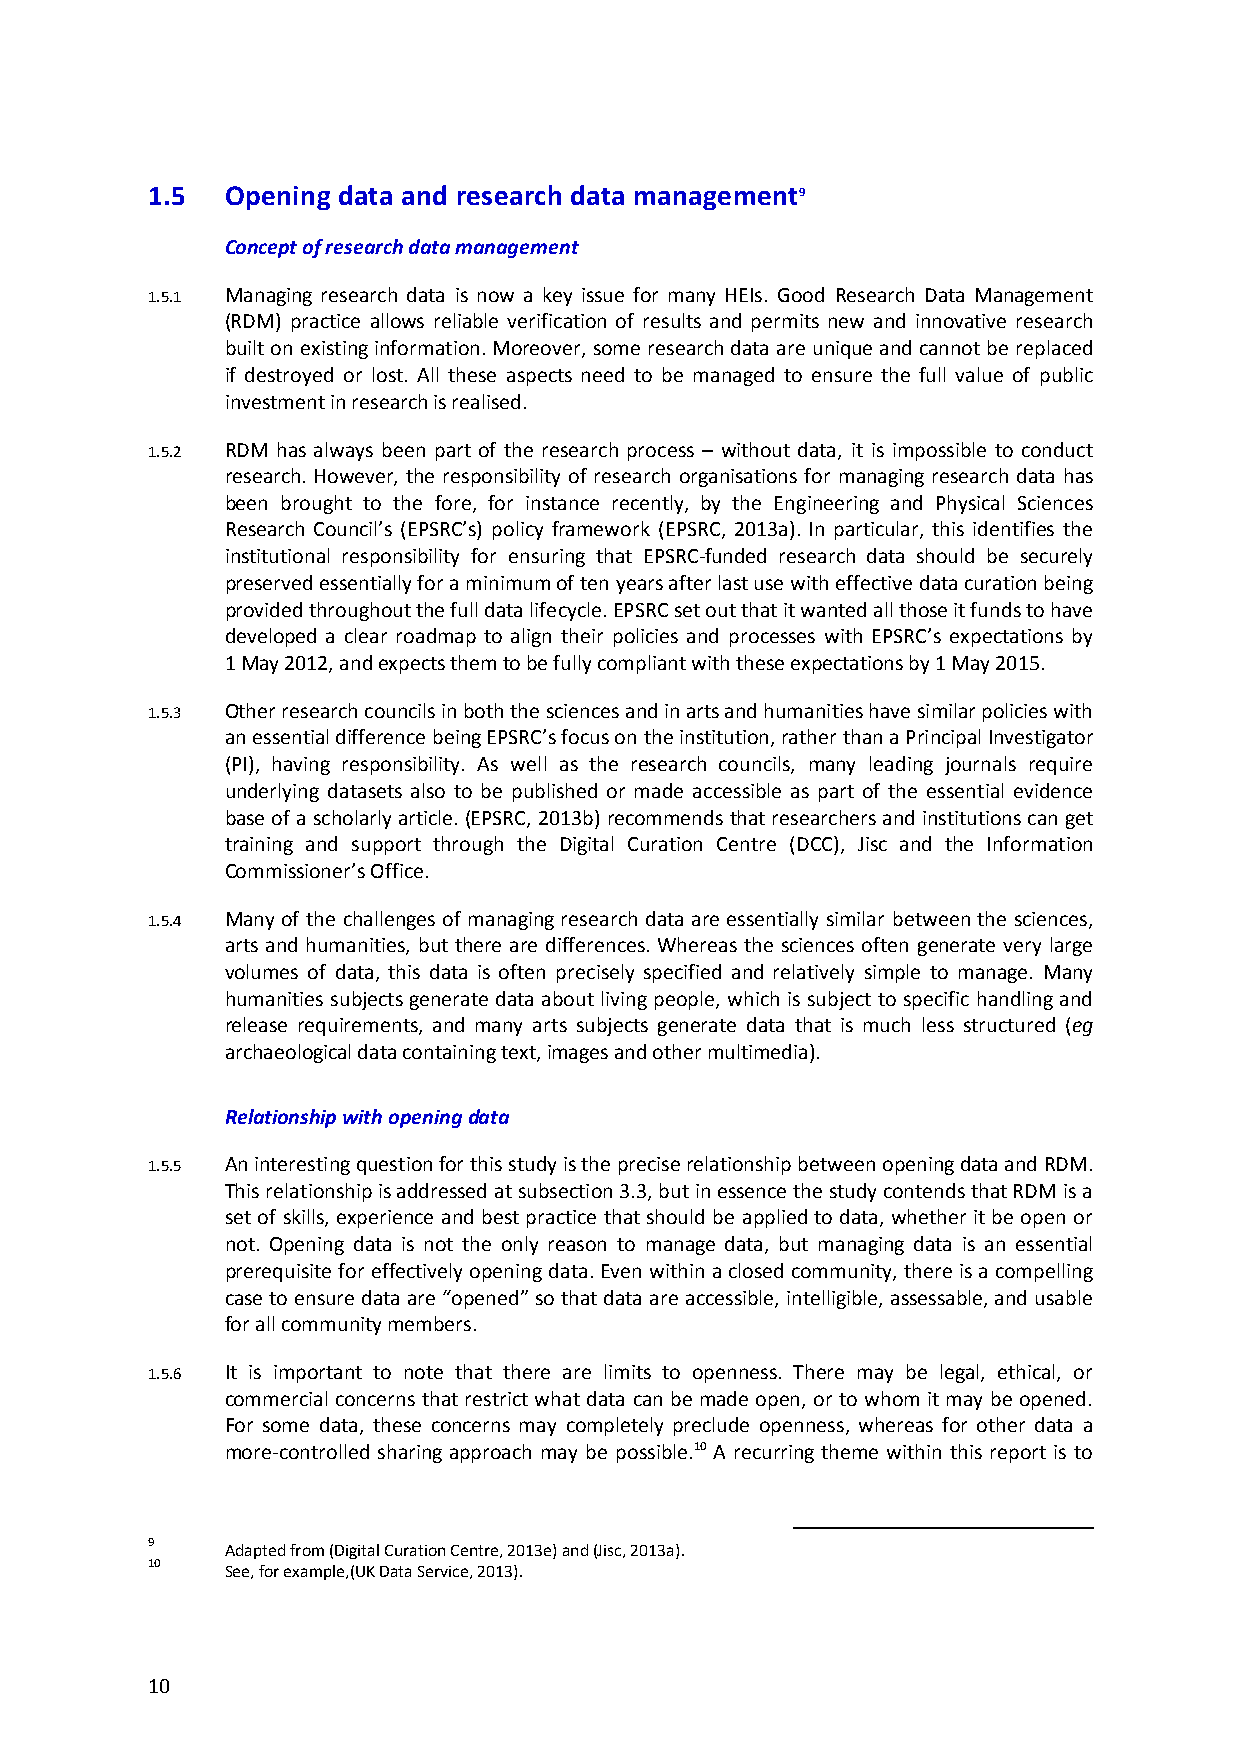
1.5  Opening data and research data management9
 Concept of research data management
 1.5.1 Managing research data is now a key issue for many HEIs. Good Research Data Management
 (RDM) practice allows reliable verification of results and permits new and innovative research
 built on existing information. Moreover, some research data are unique and cannot be replaced
 if destroyed or lost. All these aspects need to be managed to ensure the full value of public
 investment in research is realised.
 1.5.2 RDM has always been part of the research process – without data, it is impossible to conduct
 research. However, the responsibility of research organisations for managing research data has
 been brought to the fore, for instance recently, by the Engineering and Physical Sciences
 Research Council’s (EPSRC’s) policy framework (EPSRC, 2013a). In particular, this identifies the
 institutional responsibility for ensuring that EPSRC-funded research data should be securely
 preserved essentially for a minimum of ten years after last use with effective data curation being
 provided throughout the full data lifecycle. EPSRC set out that it wanted all those it funds to have
 developed a clear roadmap to align their policies and processes with EPSRC’s expectations by
 1 May 2012, and expects them to be fully compliant with these expectations by 1 May 2015.
 1.5.3 Other research councils in both the sciences and in arts and humanities have similar policies with
 an essential difference being EPSRC’s focus on the institution, rather than a Principal Investigator
 (PI), having responsibility. As well as the research councils, many leading journals require
 underlying datasets also to be published or made accessible as part of the essential evidence
 base of a scholarly article. (EPSRC, 2013b) recommends that researchers and institutions can get
 training and support through the Digital Curation Centre (DCC), Jisc and the Information
 Commissioner’s Office.
 1.5.4 Many of the challenges of managing research data are essentially similar between the sciences,
 arts and humanities, but there are differences. Whereas the sciences often generate very large
 volumes of data, this data is often precisely specified and relatively simple to manage. Many
 humanities subjects generate data about living people, which is subject to specific handling and
 release requirements, and many arts subjects generate data that is much less structured (eg
 archaeological data containing text, images and other multimedia).
 Relationship with opening data
 1.5.5 An interesting question for this study is the precise relationship between opening data and RDM.
 This relationship is addressed at subsection 3.3, but in essence the study contends that RDM is a
 set of skills, experience and best practice that should be applied to data, whether it be open or
 not. Opening data is not the only reason to manage data, but managing data is an essential
 prerequisite for effectively opening data. Even within a closed community, there is a compelling
 case to ensure data are “opened” so that data are accessible, intelligible, assessable, and usable
 for all community members.
 1.5.6 It is important to note that there are limits to openness. There may be legal, ethical, or
 commercial concerns that restrict what data can be made open, or to whom it may be opened.
 For some data, these concerns may completely preclude openness, whereas for other data a
 more-controlled sharing approach may be possible.10 A recurring theme within this report is to
 9    Adapted from (Digital Curation Centre, 2013e) and (Jisc, 2013a).
 10   See, for example,(UK Data Service, 2013).
 10